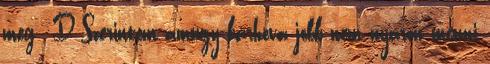
meg :D Szerintem amúgy bárhova jobb nem nyáron menni